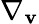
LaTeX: \nabla_{\mathbf{v}}